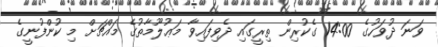
ވަނަ ދުވަހުގެ 14:00 ގެކުރިން ތިރީގައި ދެވިފައިވާ މަޢުލޫމާތުގެ މައްޗަށް މި ކުންފުނީގެ